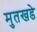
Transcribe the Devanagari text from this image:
मुतखडे